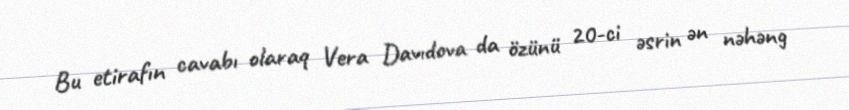
Bu etirafın cavabı olaraq Vera Davıdova da özünü 20-ci əsrin ən nəhəng